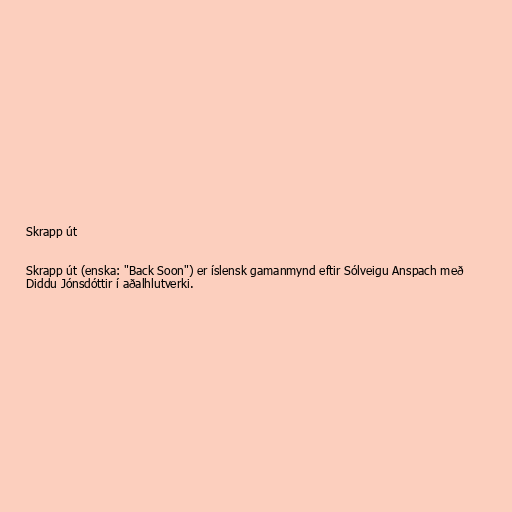
Skrapp út

Skrapp út (enska: "Back Soon") er íslensk gamanmynd eftir Sólveigu Anspach með
Diddu Jónsdóttir í aðalhlutverki.